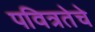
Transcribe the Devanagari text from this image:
पवित्रतेचे